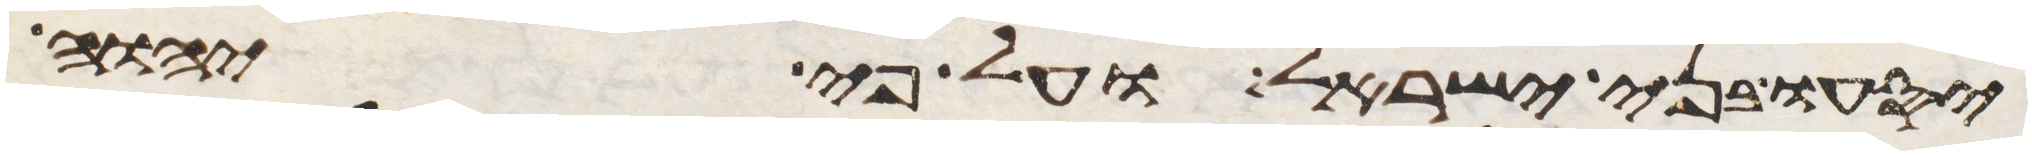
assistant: יסעו בני ישראל ועל פי יהוה